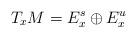
LaTeX: \begin{align*}T_x M=E_x^s \oplus E_x^u \end{align*}